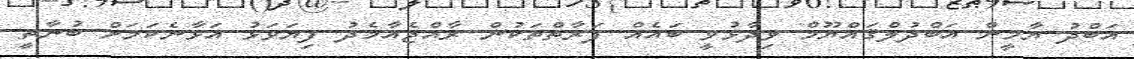
އަބްދު ޔާމީން އަބްދުލްޤައްޔޫމް ވިދާޅުވީ ބައެއް ފަރާތްތަކުން ރާއްޖެއާމެދު ފިޔަވަޅު އަޅާނެކަމަށް ބުނާތީ